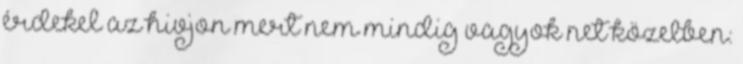
érdekel az hivjon mert nem mindig vagyok net közelben: